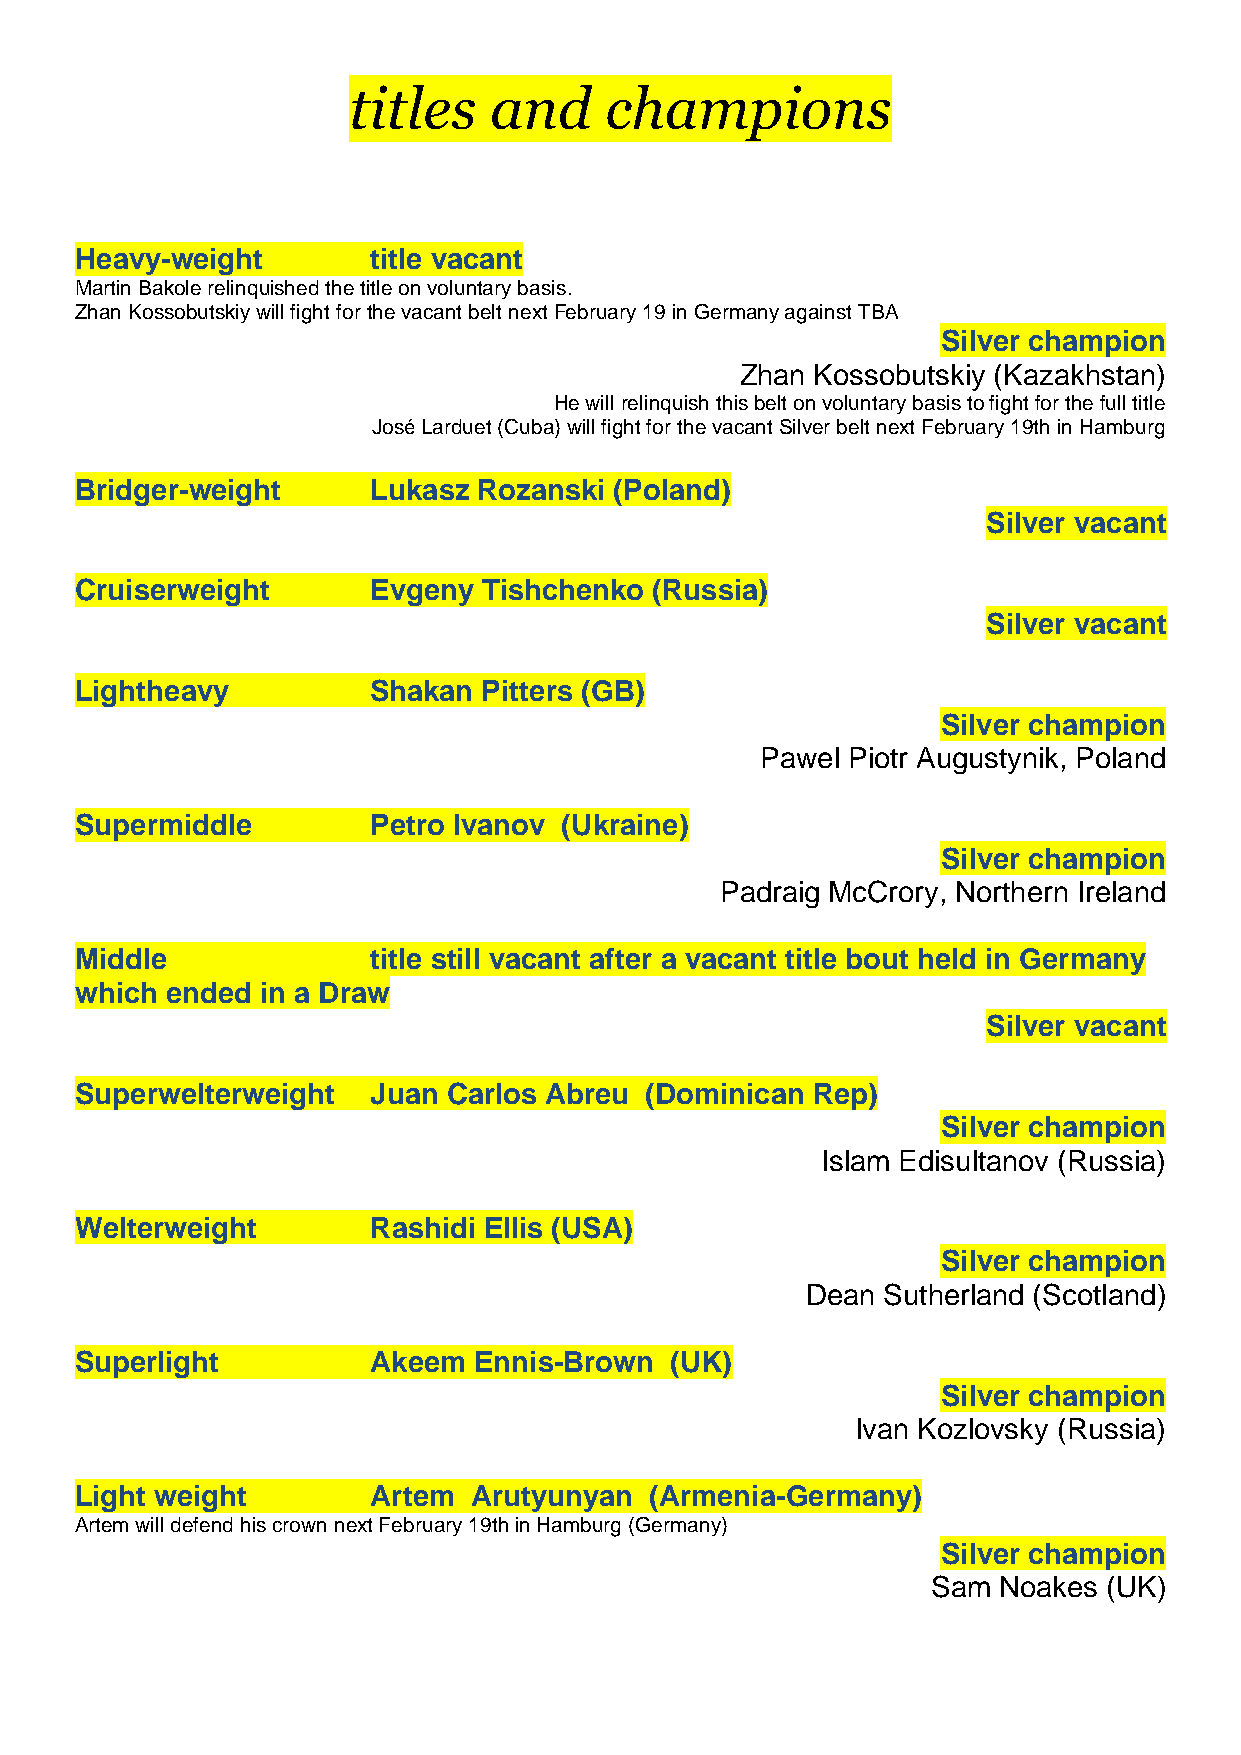
titles   and     champions
 Heavy-weight        title vacant
 Martin Bakole relinquished the title on voluntary basis.
 Zhan Kossobutskiy will fight for the vacant belt next February 19 in Germany against TBA
 Silver champion
 Zhan Kossobutskiy (Kazakhstan)
 He will relinquish this belt on voluntary basis to fight for the full title
 José Larduet (Cuba) will fight for the vacant Silver belt next February 19th in Hamburg
 Bridger-weight      Lukasz Rozanski (Poland)
 Silver vacant
 Cruiserweight       Evgeny Tishchenko (Russia)
 Silver vacant
 Lightheavy          Shakan Pitters (GB)
 Silver champion
 Pawel Piotr Augustynik, Poland
 Supermiddle         Petro Ivanov (Ukraine)
 Silver champion
 Padraig McCrory, Northern Ireland
 Middle              title still vacant after a vacant title bout held in Germany
 which ended in a Draw
 Silver vacant
 Superwelterweight   Juan Carlos Abreu (Dominican Rep)
 Silver champion
 Islam Edisultanov (Russia)
 Welterweight        Rashidi Ellis (USA)
 Silver champion
 Dean Sutherland (Scotland)
 Superlight          Akeem Ennis-Brown  (UK)
 Silver champion
 Ivan Kozlovsky (Russia)
 Light weight        Artem Arutyunyan  (Armenia-Germany)
 Artem will defend his crown next February 19th in Hamburg (Germany)
 Silver champion
 Sam Noakes (UK)